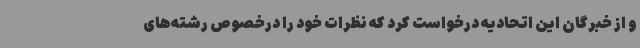
و از خبرگان این اتحادیه درخواست کرد که نظرات خود را درخصوص رشته‌های